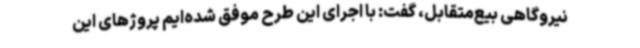
نیروگاهی بیع‌متقابل، گفت: با اجرای این طرح موفق شده‌ایم پروژهای این